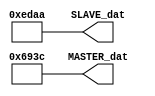
`define m 16
`define Fbit 50000
`define Nrep 30000

module SORCE_DAT(output wire[`m - 1:0] MASTER_dat,
                 output wire[`m - 1:0] SLAVE_dat );

  assign MASTER_dat = 16'b0110100100111100;
  assign SLAVE_dat  = 16'b1110110110101010;

endmodule